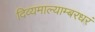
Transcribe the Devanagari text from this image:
दिव्यमाल्याम्बरधरं